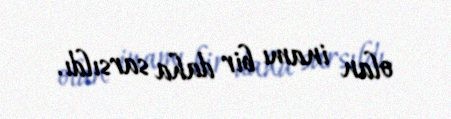
olan inamı bir daha sarsıldı.